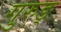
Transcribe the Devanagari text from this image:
गुरुङ्‌